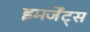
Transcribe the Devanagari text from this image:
इमर्जेंट्स